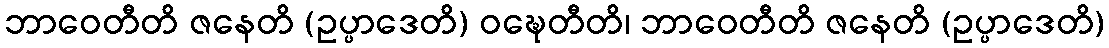
ဘာဝေတီတိ ဇနေတိ (ဥပ္ပာဒေတိ) ဝဍ္ဎေတီတိ၊ ဘာဝေတီတိ ဇနေတိ (ဥပ္ပာဒေတိ)